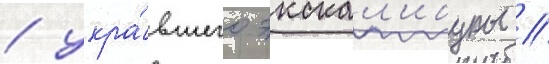
/ укра́вшего экскал'ибуры //